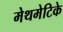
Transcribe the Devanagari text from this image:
मेथमेटिके